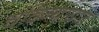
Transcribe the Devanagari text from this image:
चंदिन्याघाट